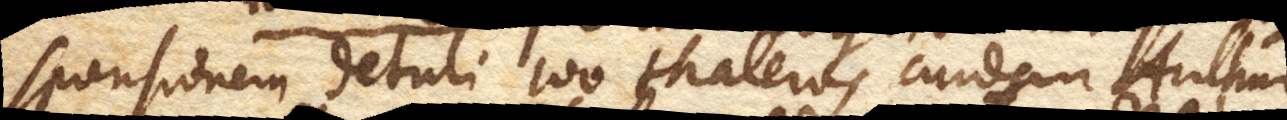
sponsionem detuli 100 thaleros cuidam Arithme–